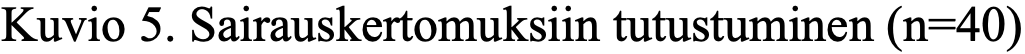
Kuvio 5. Sairauskertomuksiin tutustuminen (n=40)